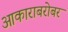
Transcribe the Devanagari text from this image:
आकाराबरोबर